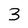
Character: 3